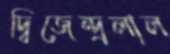
দ্বিজেন্দ্রলাল